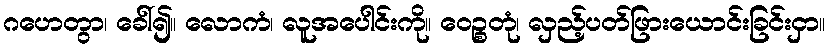
ဂဟေတွာ၊ ခေါ်၍။ လောကံ၊ လူအပေါင်းကို။ ဝေဉ္စတုံ၊ လှည့်ပတ်ဖြားယောင်းခြင်းငှာ။